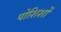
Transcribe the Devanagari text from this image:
पोशिशों